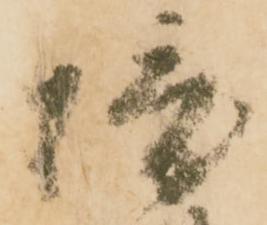
摂